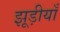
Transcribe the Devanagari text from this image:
झूड़ीयाँ